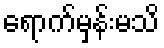
ရောက်မှန်းမသိ